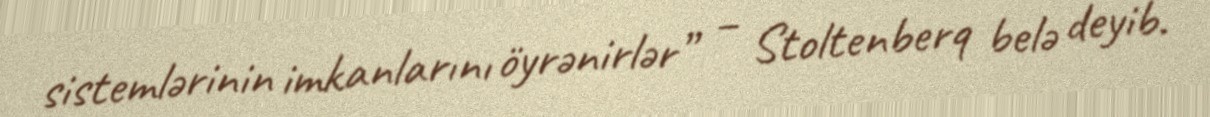
sistemlərinin imkanlarını öyrənirlər” – Stoltenberq belə deyib.